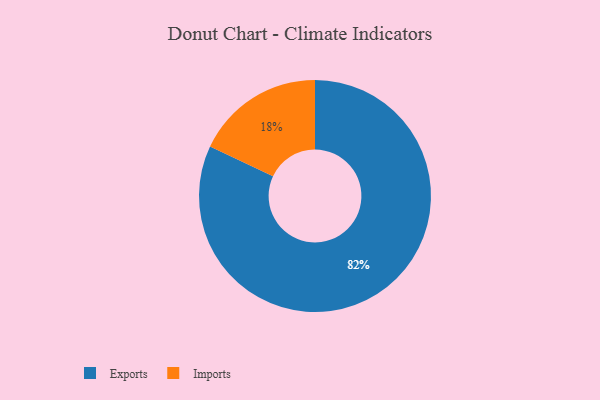
{"axis": {"x": "Category", "y": "Percentage"}, "legend": ["Exports", "Imports"], "data": [{"x": "Exports", "y": 82, "type": "Exports"}, {"x": "Imports", "y": 18, "type": "Imports"}]}